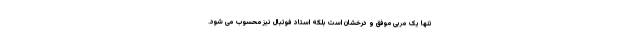
تنها یک مربی موفق و درخشان است بلکه استاد فوتبال نیز محسوب می شود.